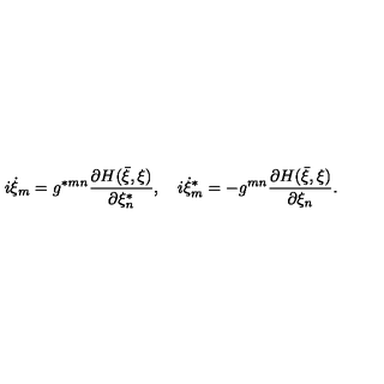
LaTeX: i \dot { \xi } _ { m } = g ^ { \ast m n } \frac { \partial H ( \bar { \xi } , \xi ) } { \partial \xi _ { n } ^ { \ast } } , \quad i \dot { \xi } _ { m } ^ { \ast } = - g ^ { m n } \frac { \partial H ( \bar { \xi } , \xi ) } { \partial \xi _ { n } } .